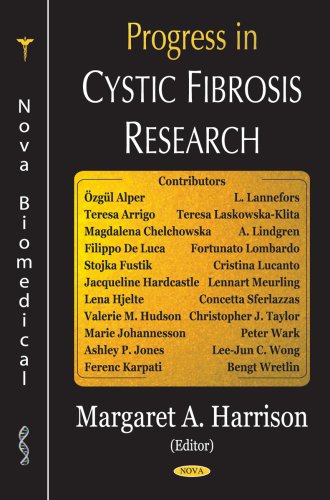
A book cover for Progress In Cystic Fibrosis Research; Health, Fitness & Dieting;